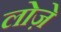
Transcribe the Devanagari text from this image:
लोज़े